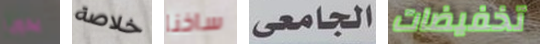
يدويا خلاصة ساخنا الجامعى تخفيضات